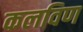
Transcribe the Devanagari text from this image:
कलविण